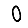
Digit: 0